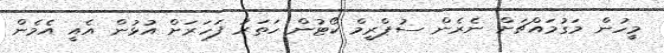
މީހުން މަގުމައްޗަށް ނެރެން ސުޕްރީމް ކޯޓުން ހަތަރު ފަހަރަށް އުޅުން އެއީ އެމެން